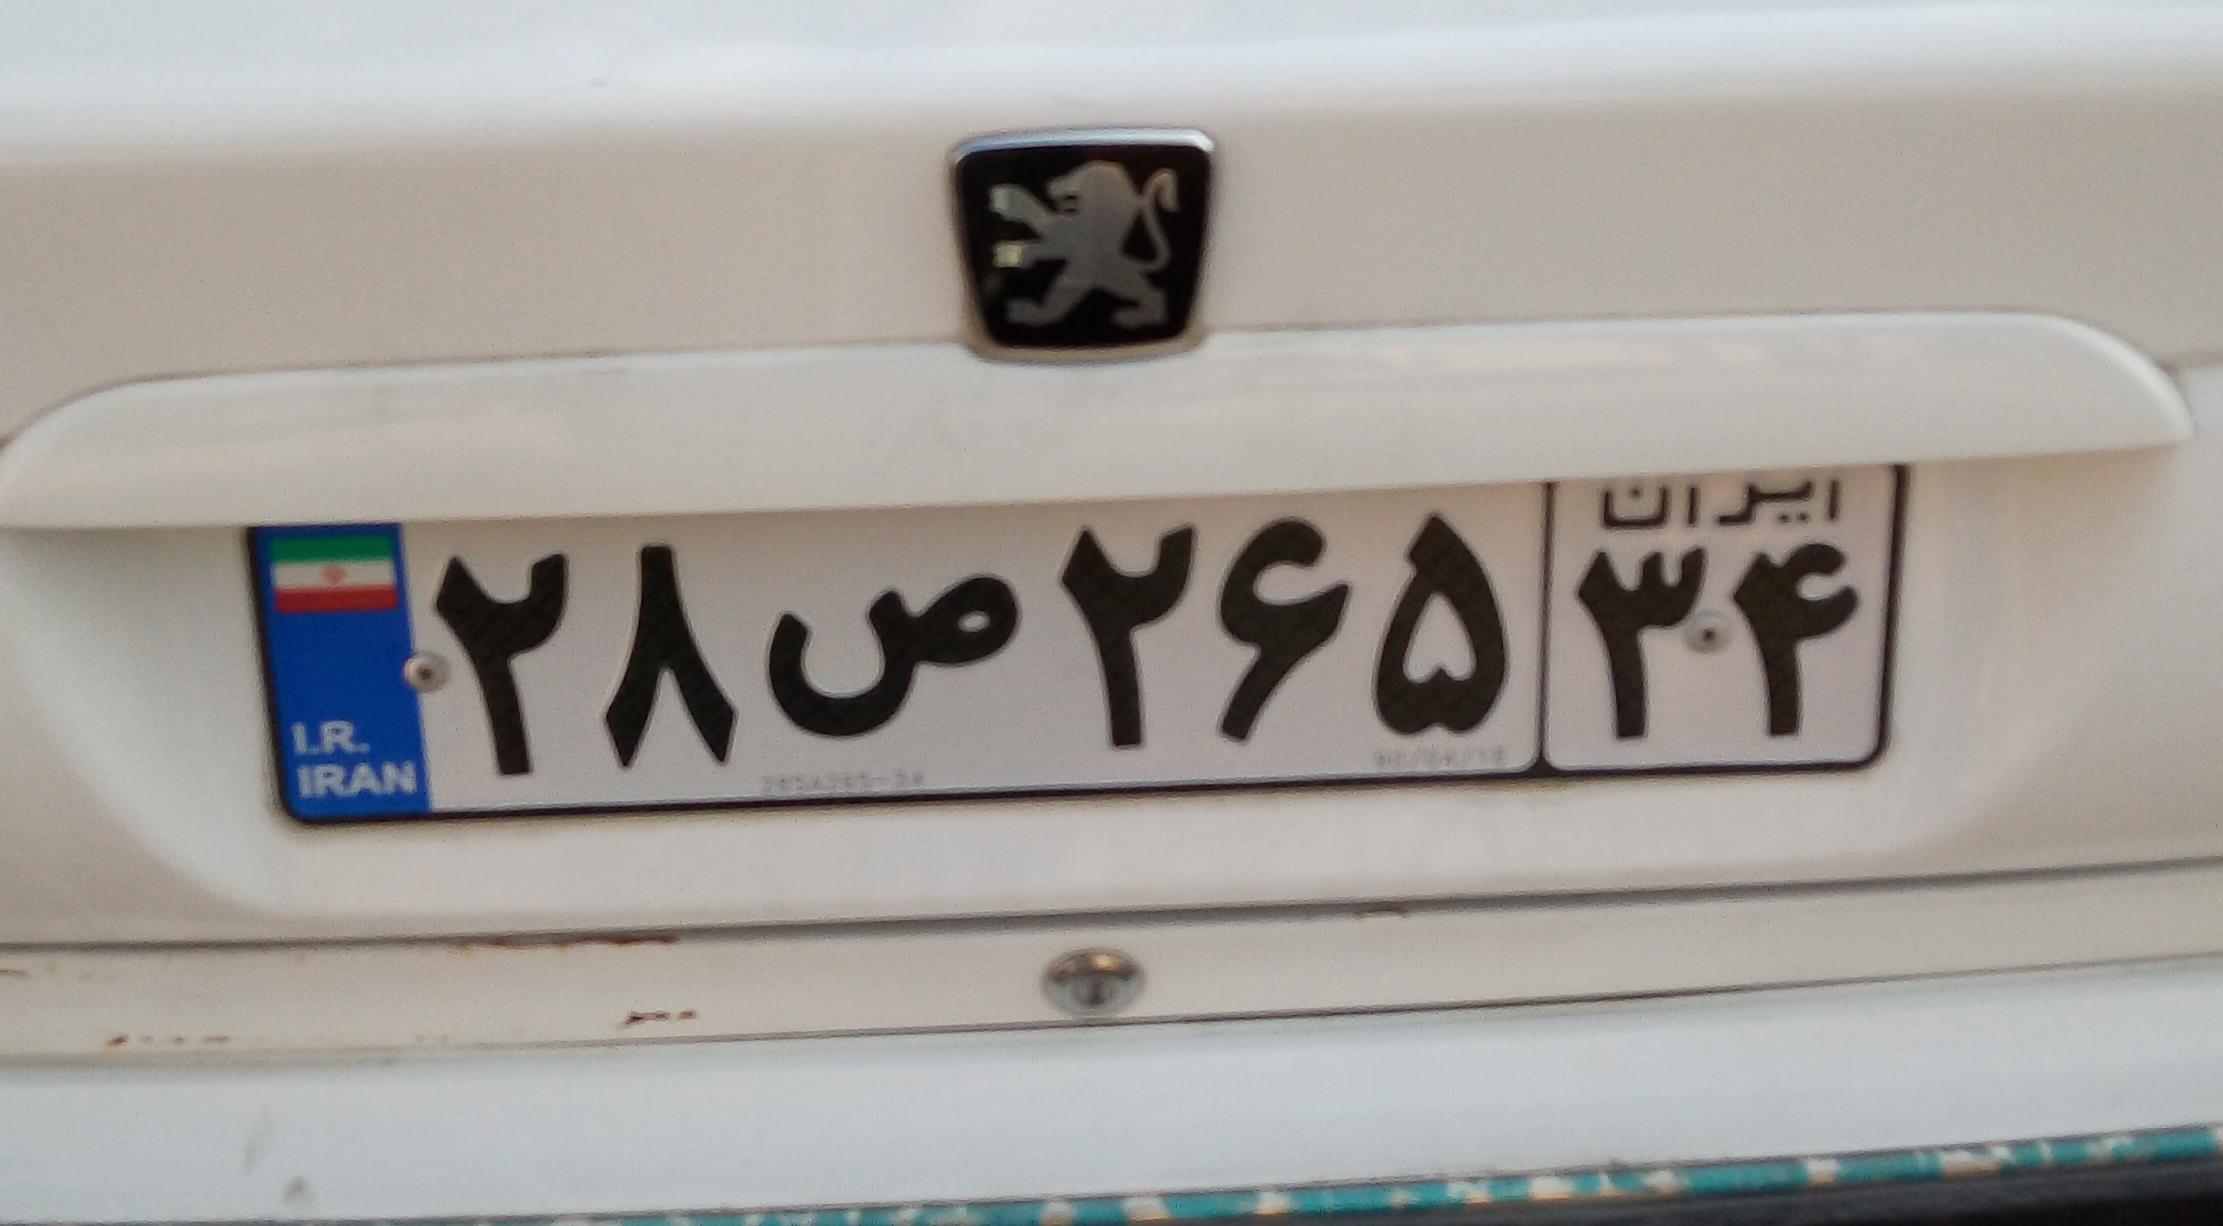
۲۸ص۲۶۵۳۴